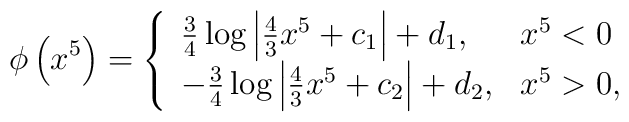
\phi \left( x^5\right) =\left\{  \begin{array}{l l}  \frac{3}{4}\log\left|\frac{4}{3}x^5 + c_1\right| + d_1, & x^5 < 0\\  -\frac{3}{4}\log\left|\frac{4}{3}x^5 + c_2\right| + d_2, & x^5 >0 ,  \end{array} \right.